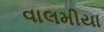
વાલમીયા